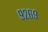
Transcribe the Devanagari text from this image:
९२६९